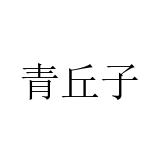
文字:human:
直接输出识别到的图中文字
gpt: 青丘子